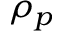
\rho _ { p }